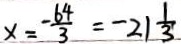
x = - \frac { 6 4 } { 3 } = - 2 1 \frac { 1 } { 3 }